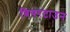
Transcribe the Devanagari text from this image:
बियरटाउन